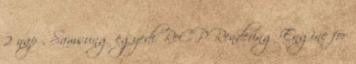
2 nap . Samsung egyedi ReCP Rendering Engine for